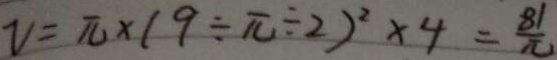
v = \pi \times ( 9 \div \pi \div 2 ) ^ { 2 } \times 4 = \frac { 8 1 } { \pi }